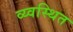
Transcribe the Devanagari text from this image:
व्य्वस्थित